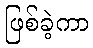
ဖြစ်ခဲ့ကာ